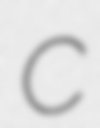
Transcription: C